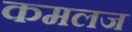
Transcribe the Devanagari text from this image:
कमलज